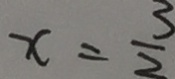
x = \frac { 3 } { 2 }